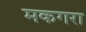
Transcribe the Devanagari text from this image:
मकगरा